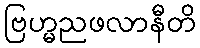
ဗြဟ္မညဖလာနီတိ